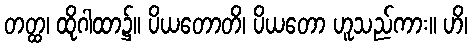
တတ္ထ၊ ထိုဂါထာ၌။ ပိယတောတိ၊ ပိယတော ဟူသည်ကား။ ဟိ၊